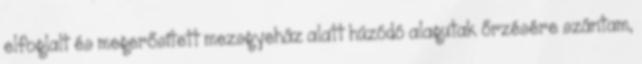
elfoglalt és megerősített mezsgyeház alatt húzódó alagutak őrzésére szántam,